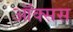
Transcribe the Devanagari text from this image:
ऑक्सस